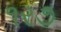
૧ર૭